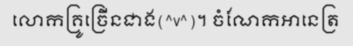
លោកគ្រូច្រើនជាង(^v^)។ ចំណែកអានេត្រ